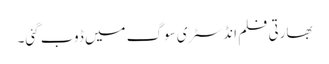
بھارتی فلم انڈسٹری سوگ میں ڈوب گئی۔